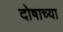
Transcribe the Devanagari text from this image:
दोषाच्या